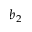
b _ { 2 }